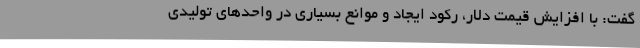
گفت: با افزایش قیمت دلار، رکود ایجاد و موانع بسیاری در واحدهای تولیدی